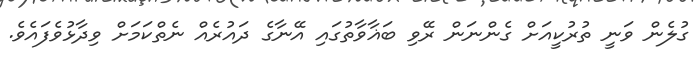
ގުލެން ވަނީ ތުރުކީއަށް ގެންނަން ރޭވި ބަޣާވާތުގައި އޭނާގެ ދައުރެއް ނެތްކަމަށް ވިދާޅުވެފައެވެ.